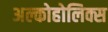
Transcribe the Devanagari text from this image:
अल्कोहोलिक्स